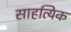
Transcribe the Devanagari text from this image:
साहत्यिक